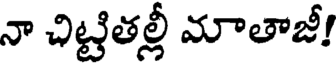
నా చిట్టితల్లీ మాతాజీ!